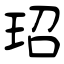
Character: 玿